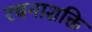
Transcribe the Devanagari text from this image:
रचनाशक्ति